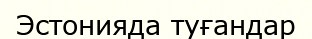
Эстонияда туғандар